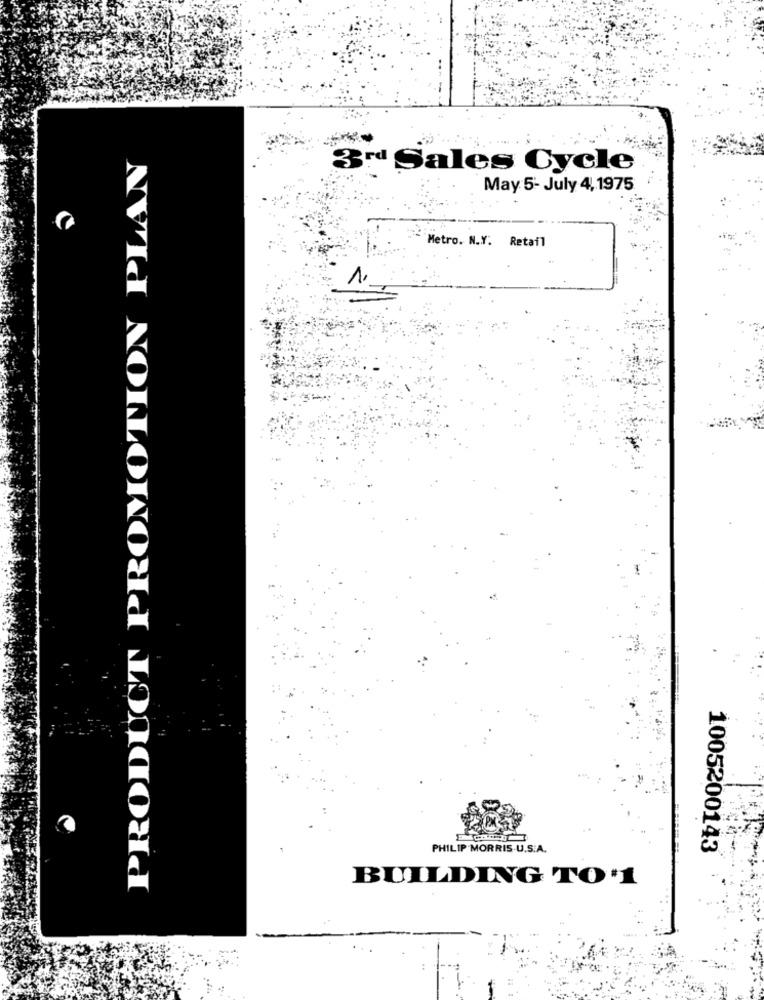
PRODUCT PROMOTION PLAN
3rd Sales Cycle
May 5- July 4, 1975
Metro. N.Y. Retail
PHILIP MORRIS.U.S.A.
1005200143
BUILDING TO'1